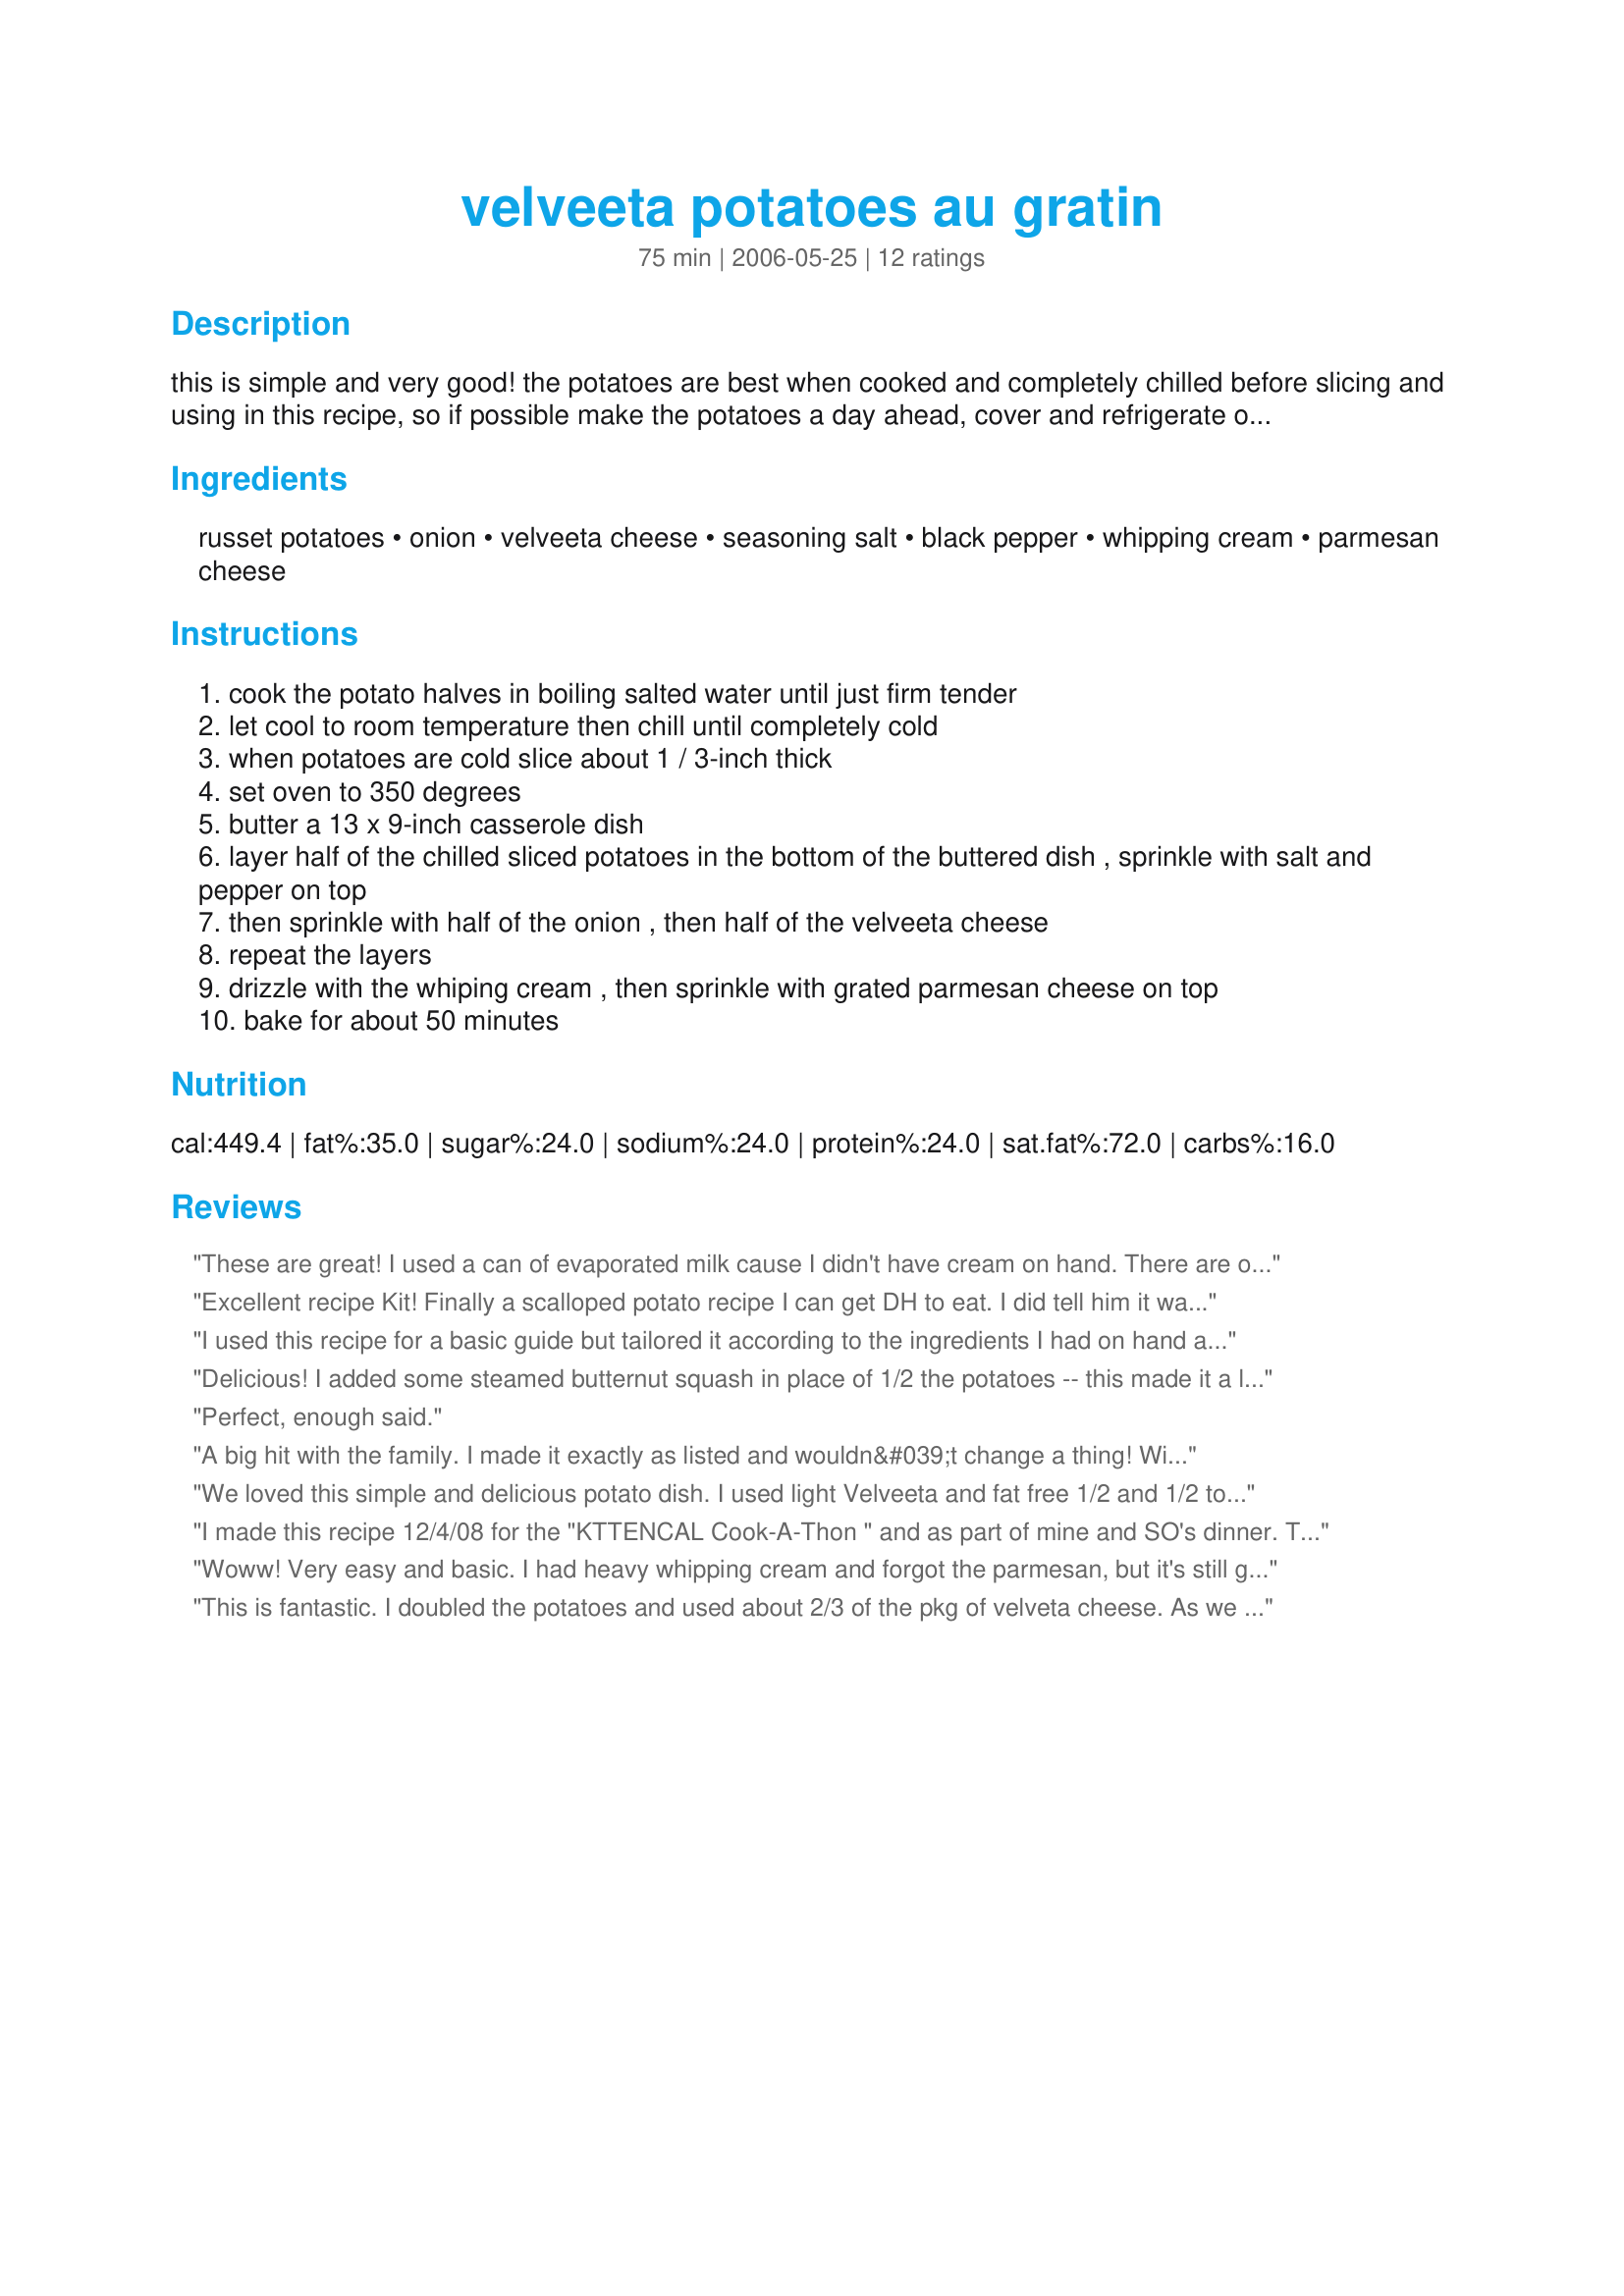
velveeta potatoes au gratin
Preparation time: 75 minutes

this is simple and very good! the potatoes are best when cooked and completely chilled before slicing and using in this recipe, so if possible make the potatoes a day ahead, cover and refrigerate overnight.

Ingredients:
russet potatoes, onion, velveeta cheese, seasoning salt, black pepper, whipping cream, parmesan cheese

Steps:
cook the potato halves in boiling salted water until just firm tender
let cool to room temperature then chill until completely cold
when potatoes are cold slice about 1 / 3-inch thick
set oven to 350 degrees
butter a 13 x 9-inch casserole dish
layer half of the chilled sliced potatoes in the bottom of the buttered dish , sprinkle with salt and pepper on top
then sprinkle with half of the onion , then half of the velveeta cheese
repeat the layers
drizzle with the whiping cream , then sprinkle with grated parmesan cheese on top
bake for about 50 minutes

Reviews:
These are great! I used a can of evaporated milk cause I didn't have cream on hand. There are only three of us so we had a lot leftover - they were even better heated up the next day for lunch. Will make these as often -next time I think I will try light velveeta to cut down on fat.
Excellent recipe Kit! Finally a scalloped potato recipe I can get DH to eat. I did tell him it was one of yours while I was preparing it and since he likes all of your recipes I was hoping to sway him...it worked!!! I halved the recipe, baked it in my 7 1/2 x 9 1/2 casserole and used half and half, as thats what I had on hand. This is definitely one that goes into my hardcopy cookbook. Thank you for posting GF.
I used this recipe for a basic guide but tailored it according to the ingredients I had on hand and the preparation time I had to work with. When you need a side dish right now, you don&#039;t want to see the part about boiling potatoes and chilling them the night before. I boiled my potatoes about 20 minutes, then rinsed them in cold water. I didn&#039;t have whipping cream, so I used a can of Campbell&#039;s Cream of Onion soup with enough milk to make it saucy enough to pour over the potatoes. I layered as directed, then added a layer of shredded cheese over the top. I covered it with foil and baked for about 40 minutes, then uncovered it for the last ten or fifteen minutes. It was delicious.
Delicious! I added some steamed butternut squash in place of 1/2 the potatoes -- this made it a little runny but still delicious!
Perfect, enough said.
A big hit with the family. I made it exactly as listed and wouldn&#039;t change a thing! Will definitely be making these again.
We loved this simple and delicious potato dish. I used light Velveeta and fat free 1/2 and 1/2 to lighten it up a bit, still just great! Thanks Kitt! Great dish to make ahead for a busy week night meal!
I made this recipe 12/4/08 for the "KTTENCAL Cook-A-Thon " and as part of mine and SO's dinner. This recipe was made as directed except for the following changes,( due to what I had on hand) instead of the russets, yukon golds were used.And the seasoned salt was used as suggested.Also due to what I had on hand, asiago was used instead of the parmesan. Cooking the potatoes first on the stove is a great idea, this seems to give the finished dish a more pleasing texture. Since there was just the two of us, everything was cut in half and it worked just fine. The baking time for this was just perfect, it gave the cheese a pefect golden,crusty top. This will be made again and often. Thank you so much for posting and "Keep Smiling :)"
Woww! Very easy and basic. I had heavy whipping cream and forgot the parmesan, but it's still good! And they were even good the nxt day.
Will use again, thanks.
This is fantastic. I doubled the potatoes and used about 2/3 of the pkg of velveta cheese. As we are trying to reduce our fat intake, I used 1/2 cup each of low fat evaporated milk and skim milk in place of the whipping cream and they were still rich. These were a huge hit in my house. I made them the day before I needed them and just reheated and they turned out extremely well. Thanks for the recipe.
Loved it! Simple and delicious. I&#039;m almost ready for thirds!
So rich and ooeygooey with potatoey goodness. A different twist to the standard scalloped potatoes. I love the taste of the velveeta cheese and by using 3/4 cup FF 1/2 and 1/2 and 1/4 cup skim milk I felt like I did trim some of the fat content. Still creamy and delicious. 
Made for Recipetag in KK's forum~
